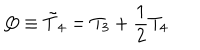
LaTeX: Q \equiv { \tilde { T } } _ { 4 } = T _ { 3 } + \frac { 1 } { 2 } T _ { 4 }